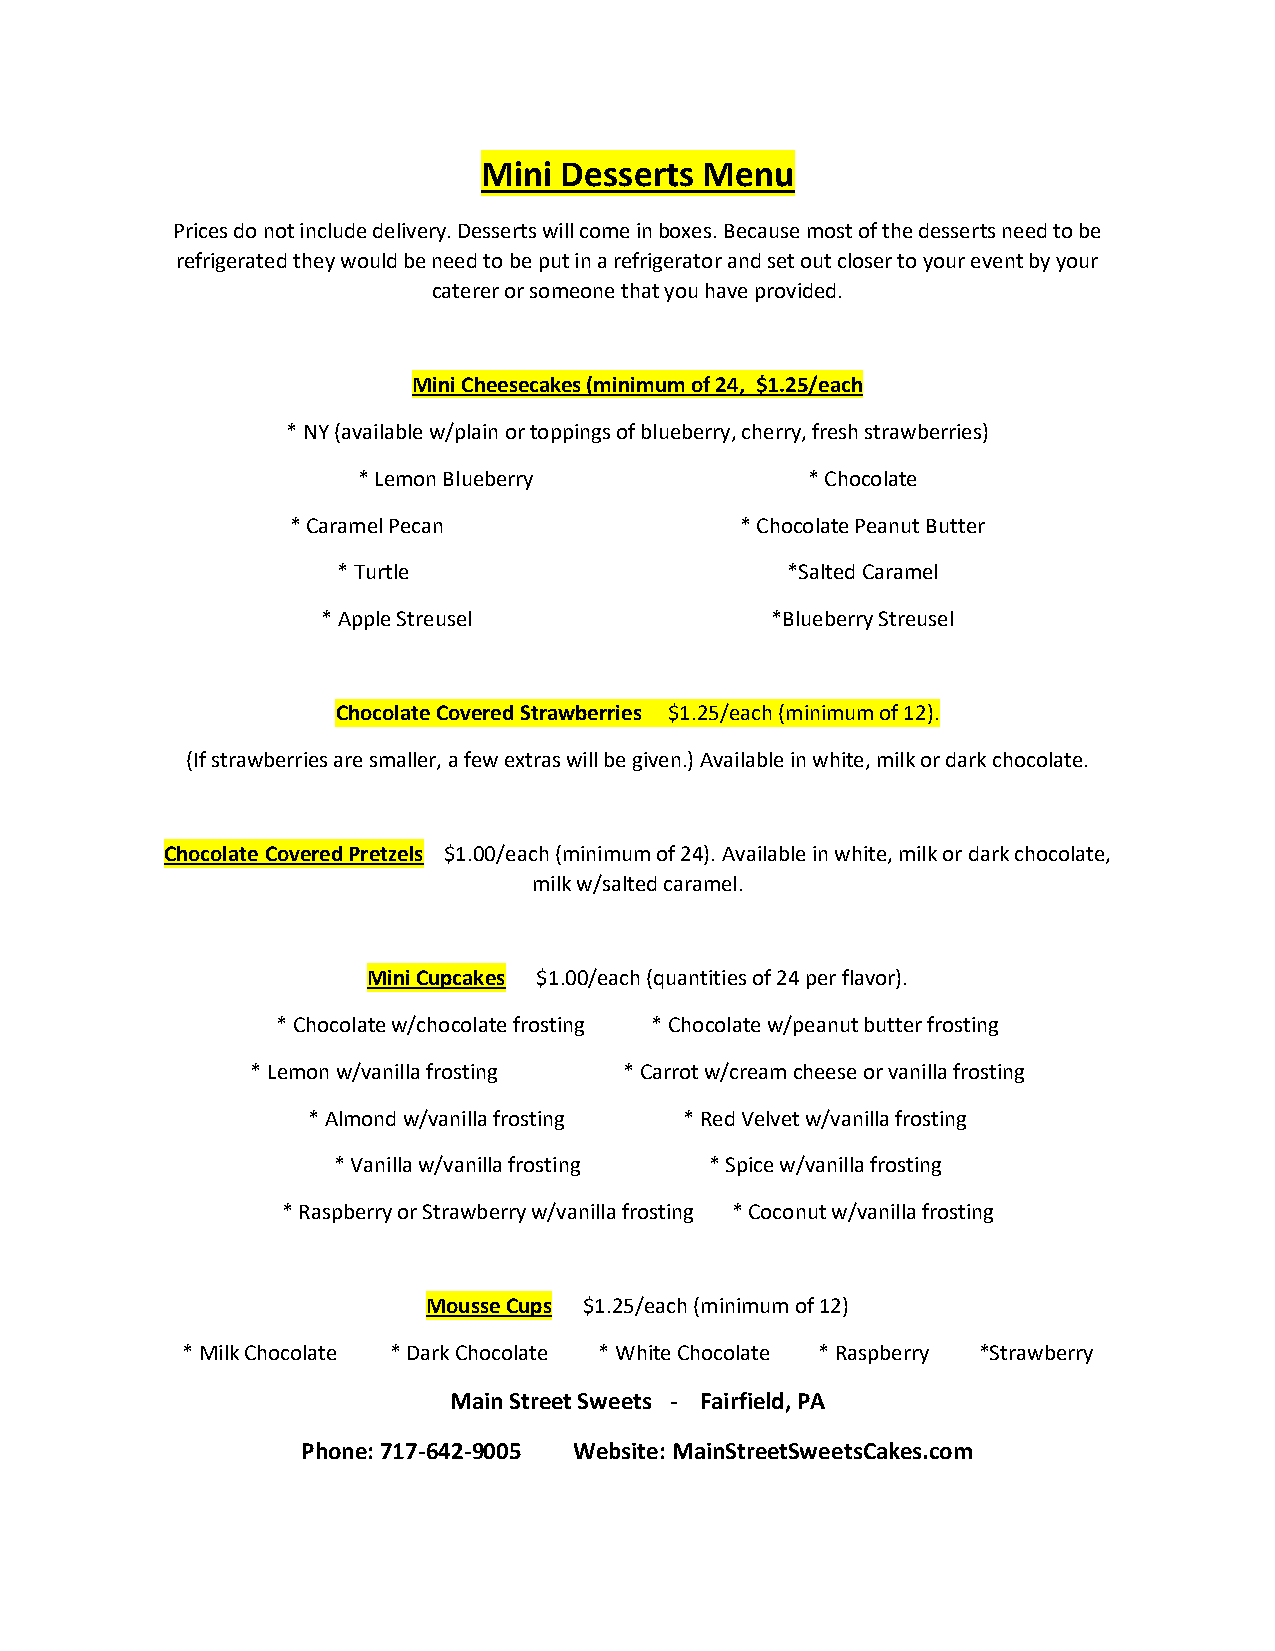
Mini Desserts Menu
 Prices do not include delivery. Desserts will come in boxes. Because most of the desserts need to be
 refrigerated they would be need to be put in a refrigerator and set out closer to your event by your
 caterer or someone that you have provided.
 Mini Cheesecakes (minimum of 24, $1.25/each
 * NY (available w/plain or toppings of blueberry, cherry, fresh strawberries)
 * Lemon Blueberry            * Chocolate
 * Caramel Pecan               * Chocolate Peanut Butter
 * Turtle                      *Salted Caramel
 * Apple Streusel              *Blueberry Streusel
 Chocolate Covered Strawberries $1.25/each (minimum of 12).
 (If strawberries are smaller, a few extras will be given.) Available in white, milk or dark chocolate.
 Chocolate Covered Pretzels $1.00/each (minimum of 24). Available in white, milk or dark chocolate,
 milk w/salted caramel.
 Mini Cupcakes $1.00/each (quantities of 24 per flavor).
 * Chocolate w/chocolate frosting * Chocolate w/peanut butter frosting
 * Lemon w/vanilla frosting * Carrot w/cream cheese or vanilla frosting
 * Almond w/vanilla frosting * Red Velvet w/vanilla frosting
 * Vanilla w/vanilla frosting * Spice w/vanilla frosting
 * Raspberry or Strawberry w/vanilla frosting * Coconut w/vanilla frosting
 Mousse Cups $1.25/each (minimum of 12)
 * Milk Chocolate * Dark Chocolate * White Chocolate * Raspberry *Strawberry
 Main Street Sweets - Fairfield, PA
 Phone: 717-642-9005 Website: MainStreetSweetsCakes.com